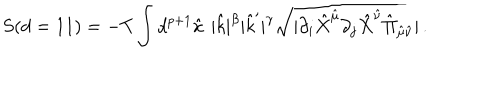
LaTeX: S ( d = 1 1 ) = - T \int d ^ { p + 1 } \hat { x } | \hat { k } | ^ { \beta } | \hat { k } ^ { \prime } | ^ { \gamma } \sqrt { \mid \partial _ { i } \hat { X } ^ { \hat { \mu } } \partial _ { j } \hat { X } ^ { \hat { \nu } } \hat { \Pi } _ { \hat { \mu } \hat { \nu } } \mid } \, .